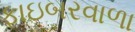
ફાઇબરવાળા